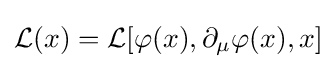
{\mathcal {L}}(x)={\mathcal {L}}[\varphi (x),\partial _{\mu }\varphi (x),x]